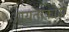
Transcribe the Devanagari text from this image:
आयताकारों